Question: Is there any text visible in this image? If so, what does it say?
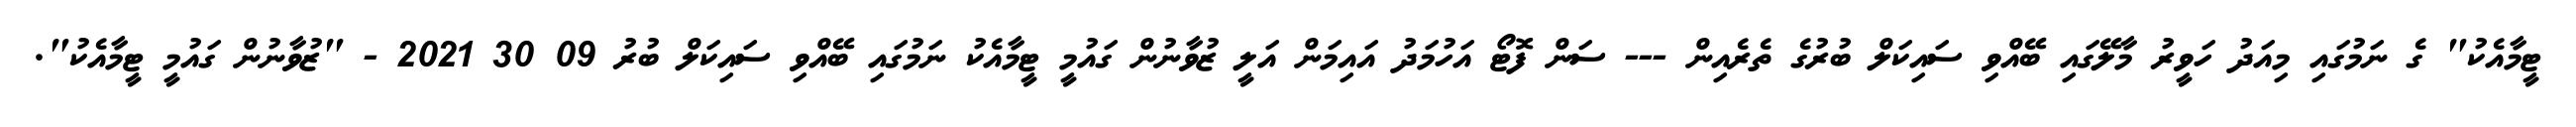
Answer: ޓީމާއެކު" ގެ ނަމުގައި މިއަދު ހަވީރު މާލޭގައި ބޭއްވި ސައިކަލް ބުރުގެ ތެރެއިން --- ސަން ފޮޓޯ އަހުމަދު އައިމަން އަލީ ޒުވާނުން ގައުމީ ޓީމާއެކު ނަމުގައި ބޭއްވި ސައިކަލް ބުރު 09 30 2021 - "ޒުވާނުން ގައުމީ ޓީމާއެކު".